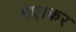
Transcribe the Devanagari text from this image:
गए।कर